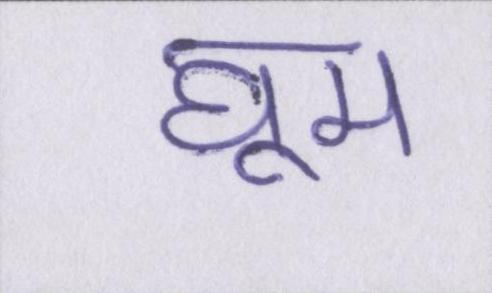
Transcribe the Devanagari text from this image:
घूम